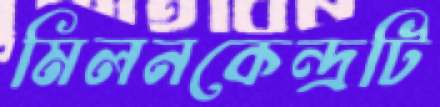
মিলনকেন্দ্রটি